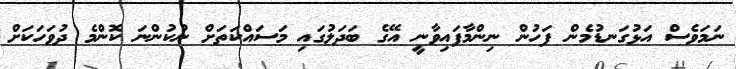
ނަމަވެސް އަޅުގަނޑުމެން ފަހުން ނިންމާފައިވާނީ އޭގެ ބަދަލުގައި މަސައްކަތަށް ނުކުންނަ ކޮންމެ ދުވަހަކަށް